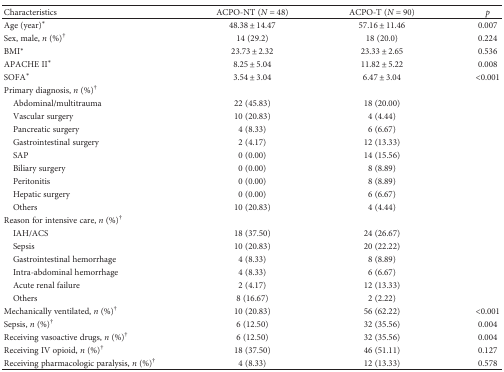
| Characteristics | ACPO-NT (N = 48) | ACPO-T (N = 90) | p |
 | --- | --- | --- | --- |
 | Age (year)∗ | 48.38 ± 14.47 | 57.16 ± 11.46 | 0.007 |
 | Sex, male, n (%)† | 14 (29.2) | 18 (20.0) | 0.224 |
 | BMI∗ | 23.73 ± 2.32 | 23.33 ± 2.65 | 0.536 |
 | APACHE II∗ | 8.25 ± 5.04 | 11.82 ± 5.22 | 0.008 |
 | SOFA∗ | 3.54 ± 3.04 | 6.47 ± 3.04 | <0.001 |
 | <COLSPAN=4> Primary diagnosis, n (%)† |
 | Abdominal/multitrauma | 22 (45.83) | 18 (20.00) |  |
 | Vascular surgery | 10 (20.83) | 4 (4.44) |  |
 | Pancreatic surgery | 4 (8.33) | 6 (6.67) |  |
 | Gastrointestinal surgery | 2 (4.17) | 12 (13.33) |  |
 | SAP | 0 (0.00) | 14 (15.56) |  |
 | Biliary surgery | 0 (0.00) | 8 (8.89) |  |
 | Peritonitis | 0 (0.00) | 8 (8.89) |  |
 | Hepatic surgery | 0 (0.00) | 6 (6.67) |  |
 | Others | 10 (20.83) | 4 (4.44) |  |
 | <COLSPAN=4> Reason for intensive care, n (%)† |
 | IAH/ACS | 18 (37.50) | 24 (26.67) |  |
 | Sepsis | 10 (20.83) | 20 (22.22) |  |
 | Gastrointestinal hemorrhage | 4 (8.33) | 8 (8.89) |  |
 | Intra-abdominal hemorrhage | 4 (8.33) | 6 (6.67) |  |
 | Acute renal failure | 2 (4.17) | 12 (13.33) |  |
 | Others | 8 (16.67) | 2 (2.22) |  |
 | Mechanically ventilated, n (%)† | 10 (20.83) | 56 (62.22) | <0.001 |
 | Sepsis, n (%)† | 6 (12.50) | 32 (35.56) | 0.004 |
 | Receiving vasoactive drugs, n (%)† | 6 (12.50) | 32 (35.56) | 0.004 |
 | Receiving IV opioid, n (%)† | 18 (37.50) | 46 (51.11) | 0.127 |
 | Receiving pharmacologic paralysis, n (%)† | 4 (8.33) | 12 (13.33) | 0.578 |